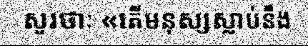
សួរថាៈ «តើមនុស្សស្លាប់នឹង